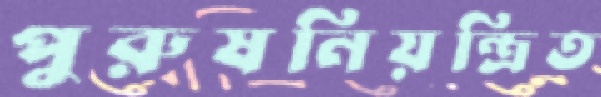
পুরুষনিয়ন্ত্রিত